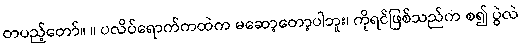
တပည့်တော်။ ။ ပလိပ်ရောက်ကထဲက မဆော့တော့ပါဘူး၊ ကိုရင်ဖြစ်သည်က စ၍ ပွဲလဲ